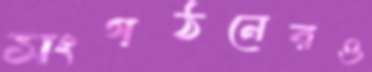
সংগঠনেরও